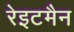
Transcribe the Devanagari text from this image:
रेइटमैन